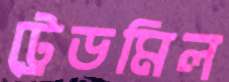
ট্রেডমিল